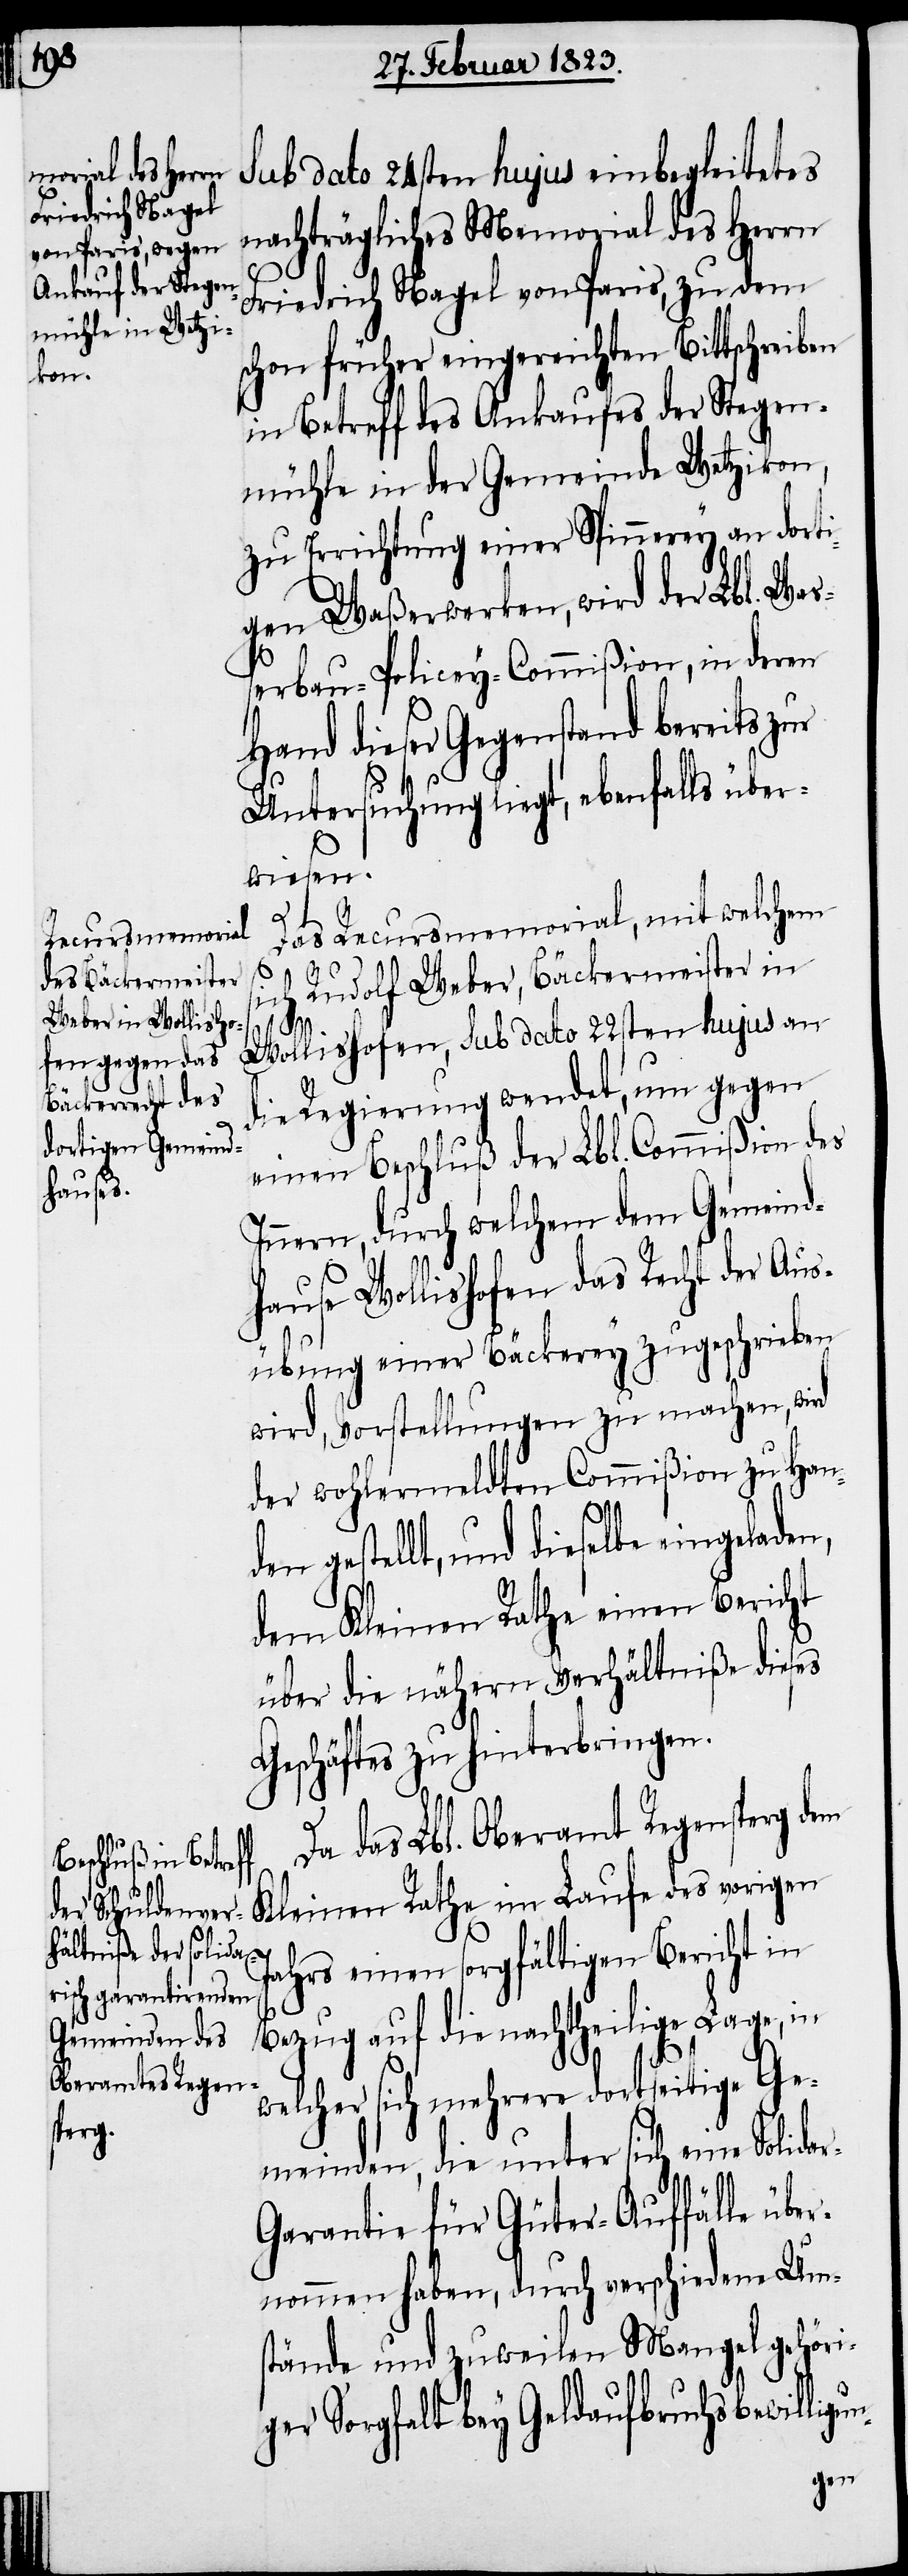
Sub dato 24sten hujus einbegleitetes
nachträgliches Memorial des Herrn
Friedrich Nagel von Paris, zu dem
schon früher eingereichten Bittschreiben
in Betreff des Ankaufes der Stegen¬
mühle in der Gemeinde Wetzikon,
zu Errichtung einer Spinnerey an dorti¬
gen Waßerwerken, wird der Lbl. Waß¬
erbau-Policey-Commißion, in deren
Hand dieser Gegenstand bereits zur
Untersuchung liegt, ebenfalls über¬
n,
Das Recursmemorial, mit welchem
sich Rudolf Weber, Bäckermeister in
dar-G¬
Wollishofen, sub dato 22sten hujus an
die Regierung wendet, um gegen
einen Beschluß der Lbl. Commißion des
Innern, durch welchem dem Gemeind¬
hause Wollishofen das Recht der Aus¬
übung einer Bäckerey zugeschrieben
wird, Vorstellungen zu machen, wird
der wohlermeldten Commißion zu Han¬
gestellt, und dieselbe eingelade¬
dem Kleinen Rathe einen Bericht
über die nähern Verhältniße dieses
Geschäftes zu hinterbringen.
Da das Lbl. Oberamt Regensperg dem
Kleinen Rathe im Laufe des vorigen
Jahrs einen sorgfältigen Bericht in
Bezug auf die nachtheilige Lage, in
welcher sich mehrere dortseitige Ge¬
meinden, die unter sich eine
arantie für Güter-Auffälle übe¬
rnommen haben, durch verschiedene Ums¬
tände und zuweilen Mangel gehöri¬
ger Sorgfalt bey Geldaufbruchsbewilli¬
gun-